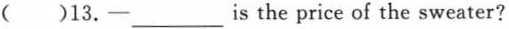
( )13.一__is the price of the sweater?